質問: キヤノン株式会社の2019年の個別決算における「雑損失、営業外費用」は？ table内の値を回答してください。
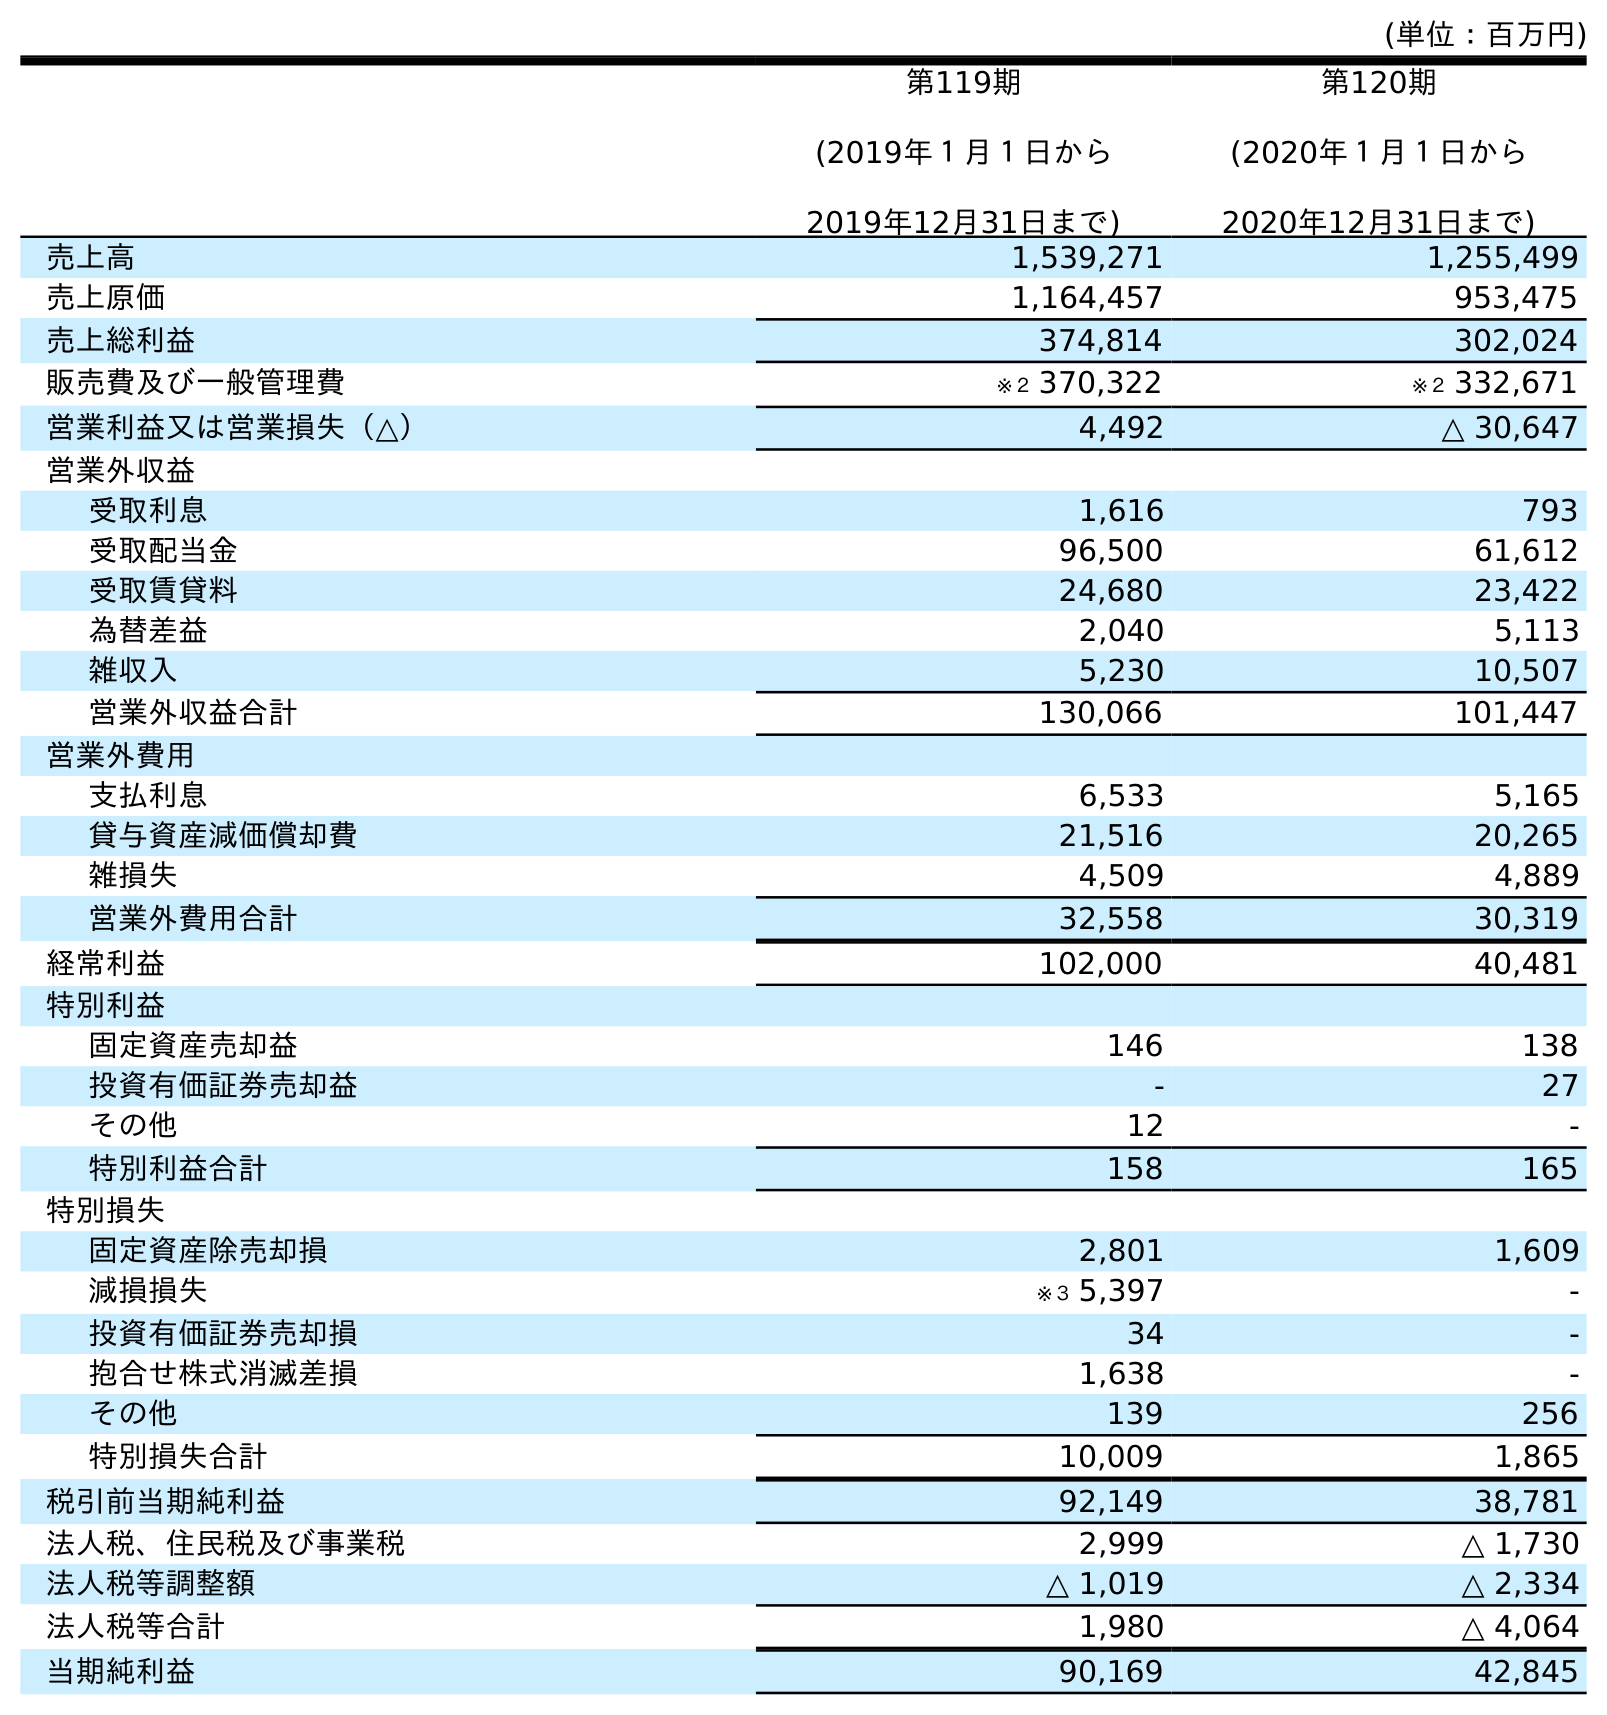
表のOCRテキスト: (単位：百万円) 第119期 (2019年１月１日から 2019年12月31日まで) 第120期 (2020年１月１日から 2020年12月31日まで) 売上高 1,539,271 1,255,499 売上原価 1,164,457 953,475 売上総利益 374,814 302,024 販売費及び一般管理費 ※２ 370,322 ※２ 332,671 営業利益又は営業損失（△） 4,492 △ 30,647 営業外収益 受取利息 1,616 793 受取配当金 96,500 61,612 受取賃貸料 24,680 23,422 為替差益 2,040 5,113 雑収入 5,230 10,507 営業外収益合計 130,066 101,447 営業外費用 支払利息 6,533 5,165 貸与資産減価償却費 21,516 20,265 雑損失 4,509 4,889 営業外費用合計 32,558 30,319 経常利益 102,000 40,481 特別利益 固定資産売却益 146 138 投資有価証券売却益 - 27 その他 12 - 特別利益合計 158 165 特別損失 固定資産除売却損 2,801 1,609 減損損失 ※３ 5,397 - 投資有価証券売却損 34 - 抱合せ株式消滅差損 1,638 - その他 139 256 特別損失合計 10,009 1,865 税引前当期純利益 92,149 38,781 法人税、住民税及び事業税 2,999 △ 1,730 法人税等調整額 △ 1,019 △ 2,334 法人税等合計 1,980 △ 4,064 当期純利益 90,169 42,845
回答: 4,509